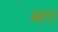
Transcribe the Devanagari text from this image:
स्रात